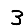
Digit: 3